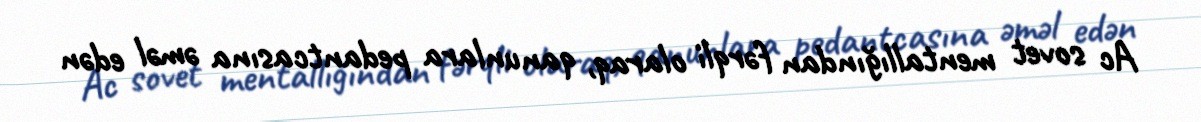
Ac sovet mentallığından fərqli olaraq, qanunlara pedantcasına əməl edən